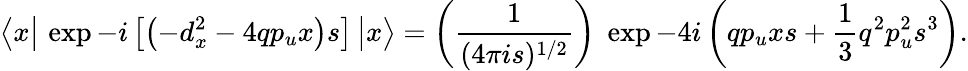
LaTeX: \big\langle x\big\vert\, \exp-i\left[\left(-d_{x}^{2}-4qp_{u}x\right)s\right]\, \big\vert x\big\rangle=\left({\frac{1}{(4\pi is)^{1/2}}}\right)\; \exp-4i\left(qp_{u}xs+{\frac{1}{3}}q^{2}p_{u}^{2}s^{3}\right).